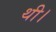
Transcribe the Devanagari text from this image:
थी।